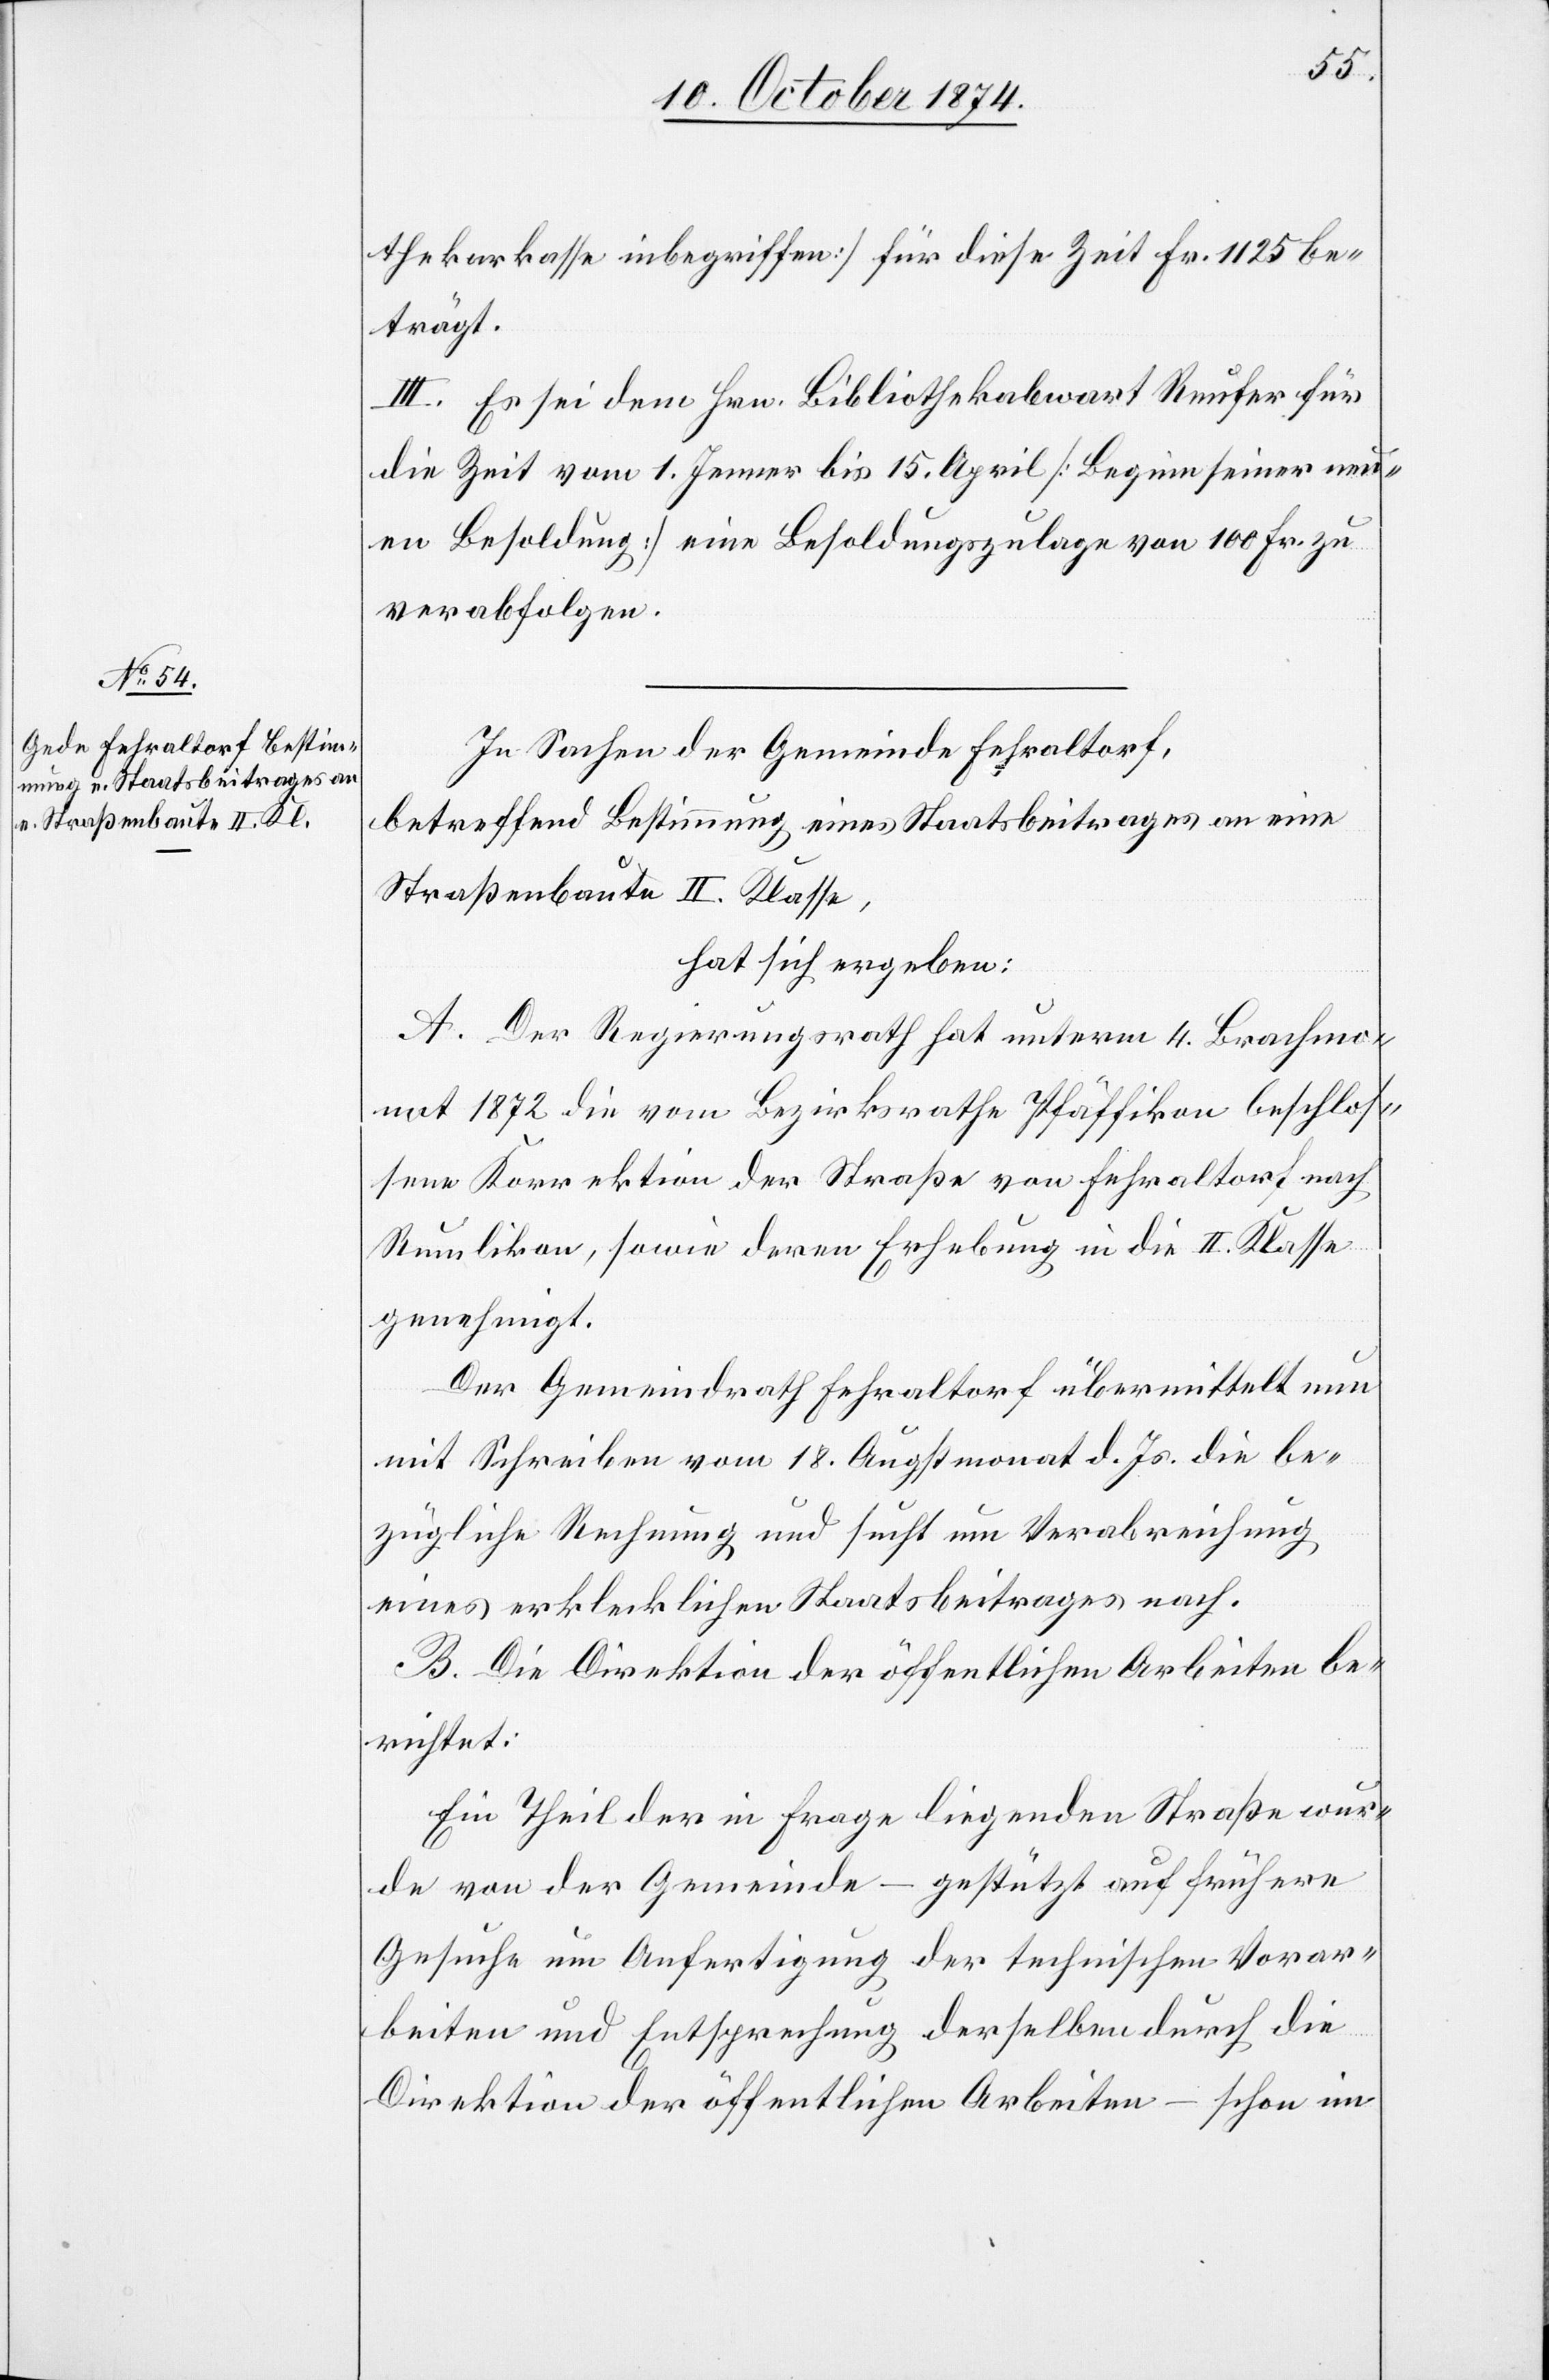
thekarkasse inbegriffen] für diese Zeit Fr. 1125 be¬
trägt.
III. Es sei dem Hrn. Bibliothekabwart Reufer für
die Zeit vom 1. Jenner bis 15. April [Beginn seiner neu¬
en Besoldung] eine Besoldungszulage von 100 Fr. zu
verabfolgen.
In Sachen der Gemeinde Fehraltorf,
betreffend Bestimmung eines Staatsbeitrages an eine
Straßenbaute II. Klasse,
hat sich ergeben:
A. Der Regierungsrath hat unterm 4. Brachmon¬
at 1872 die vom Bezirksrathe Pfäffikon beschlos¬
sene Korrektion der Straße von Fehraltorf nach
Rumlikon, sowie deren Erhebung in die II. Klasse
genehmigt.
Der Gemeindrath Fehraltorf übermittelt nun
mit Schreiben vom 18. Augstmonat d. Js. die be¬
zügliche Rechnung und sucht um Verabreichung
eines erklecklichen Staatsbeitrages nach.
B. Die Direktion der öffentlichen Arbeiten be¬
richtet:
Ein Theil der in Frage liegenden Straße wur¬
de von der Gemeinde – gestützt auf frühere
Gesuche um Anfertigung der technischen Vorar¬
beiten und Entsprechung derselben durch die
Direktion der öffentlichen Arbeiten – schon im